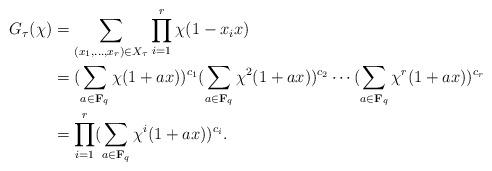
LaTeX: \begin{align*}G_{\tau}(\chi)&=\sum_{(x_1,\ldots, x_r) \in X_{\tau}} \prod_{i=1}^r\chi(1-x_ix)\\&=(\sum_{a\in{{\bf{F}}_q}}\chi(1+ax))^{c_1}(\sum_{a\in{{\bf{F}}_q}}\chi^2(1+ax))^{c_2} \cdots(\sum_{a\in{{\bf{F}}_q}}\chi^{r}(1+ax))^{c_{r}}\\&=\prod_{i=1}^{r}(\sum_{a\in{{\bf{F}}_q}}\chi^i(1+ax))^{c_i}. \end{align*}